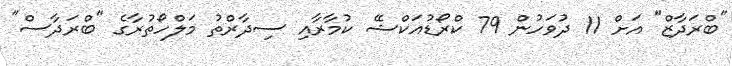
"ބްރަދާޒް" އަށް 11 ދުވަހުން 79 ކްރޯޑުއަކްޝޭ ކުމާރާއި ސިދާރްތު މަލްހޯތުރާގެ "ބްރަދާސް"